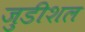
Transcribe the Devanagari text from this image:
जुडीशल